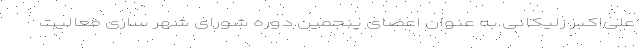
علی‌اکبر زلیکانی به عنوان اعضای پنجمین دوره شورای شهر ساری فعالیت